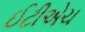
ઈટીએચ